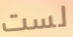
لست